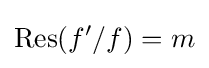
\operatorname {Res} (f'/f)=m